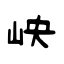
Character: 岟